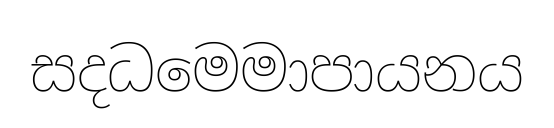
සදධමෙමාපායනය